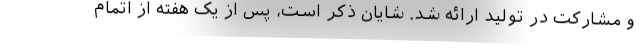
و مشارکت در تولید ارائه شد. شایان ذکر است، پس از یک هفته از اتمام